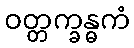
ဝတ္တက္ခန္ဓကံ